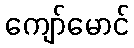
ကျော်မောင်